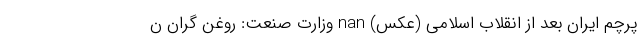
پرچم ایران بعد از انقلاب اسلامی (عکس) nan وزارت صنعت: روغن گران ن